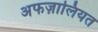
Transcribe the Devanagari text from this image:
अफज़ालियत